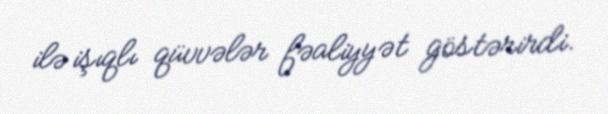
ilə işıqlı qüvvələr fəaliyyət göstərirdi.